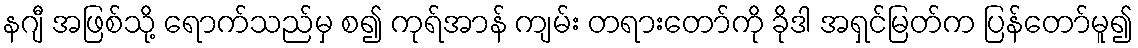
နဂျီ အဖြစ်သို့ ရောက်သည်မှ စ၍ ကုရ်အာန် ကျမ်း တရားတော်ကို ခိုဒါ အရှင်မြတ်က ပြန်တော်မူ၍